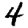
Digit: 4